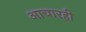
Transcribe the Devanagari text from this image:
आचारही